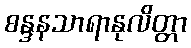
စန္ဒနသာရာနုလိတ္တာ